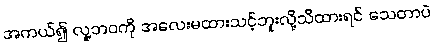
အကယ်၍ လူ့ဘဝကို အလေးမထားသင့်ဘူးလို့သိထားရင် သေတာပဲ